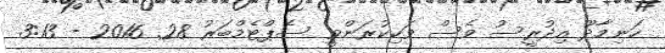
ހަނިމާދޫ އިދުރީސު ވެސް ވަކިކުރަންވީ ސެޕްޓެމްބަރު 28